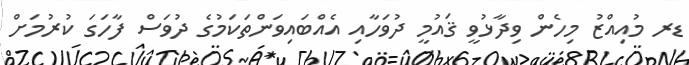
ޑރ މުއިއްޒު މިހެން ވިދާޅުވީ ޤައުމީ ދުވަހާއި އެއްބައިވަންތަކަމުގެ ދުވަސް ފާހަގަ ކުރުމަށް